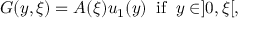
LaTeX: G ( y , \xi ) = A ( \xi ) u _ { 1 } ( y ) \; \; \mathrm { i f } \; \; y \in ] 0 , \xi [ ,